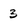
Character: 3